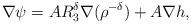
LaTeX: \begin{align*}\nabla\psi=AR_{3}^{\delta}\nabla(\rho^{-\delta})+A\nabla h,\end{align*}